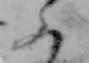
ふ